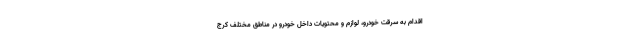
اقدام به سرقت خودرو، لوازم و محتویات داخل خودرو در مناطق مختلف کرج